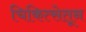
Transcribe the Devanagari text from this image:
चिकित्सेतून